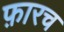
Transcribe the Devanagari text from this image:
फ़ारच